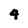
Character: 4